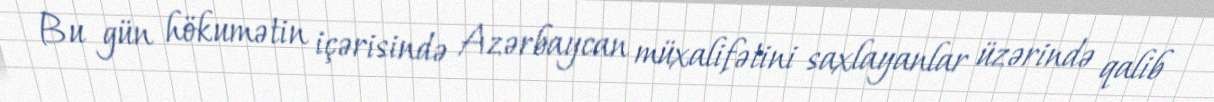
Bu gün hökumətin içərisində Azərbaycan müxalifətini saxlayanlar üzərində qalib